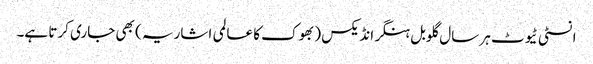
انسٹی ٹیوٹ ہر سال گلوبل ہنگر انڈیکس ( بھوک کا عالمی اشاریہ ) بھی جاری کرتا ہے۔